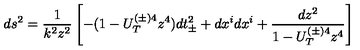
d s ^ { 2 } = \frac { 1 } { k ^ { 2 } z ^ { 2 } } \left[ - ( 1 - U _ { T } ^ { ( \pm ) 4 } z ^ { 4 } ) d t _ { \pm } ^ { 2 } + d x ^ { i } d x ^ { i } + \frac { d z ^ { 2 } } { 1 - U _ { T } ^ { ( \pm ) 4 } z ^ { 4 } } \right]